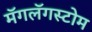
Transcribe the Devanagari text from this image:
मॅगलॅगस्टोम